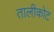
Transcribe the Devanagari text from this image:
तालीकोट